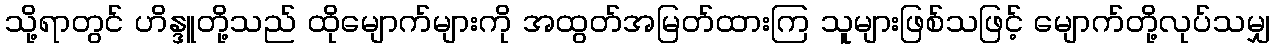
သို့ရာတွင် ဟိန္ဒူတို့သည် ထိုမျောက်များကို အထွတ်အမြတ်ထားကြ သူများဖြစ်သဖြင့် မျောက်တို့လုပ်သမျှ